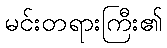
မင်းတရားကြီး၏